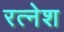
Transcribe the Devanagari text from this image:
रत्‍नेश